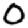
Digit: 0